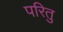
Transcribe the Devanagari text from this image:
परितु